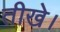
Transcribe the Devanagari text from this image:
तीखे।